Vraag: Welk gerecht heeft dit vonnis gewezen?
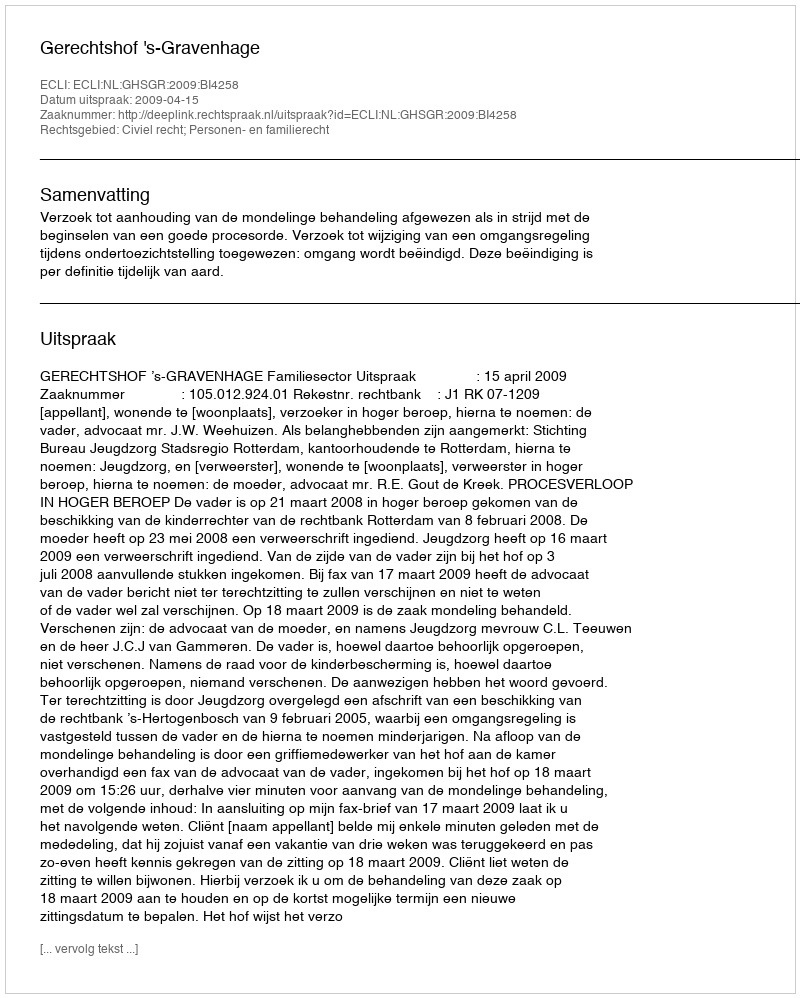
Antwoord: Gerechtshof 's-Gravenhage